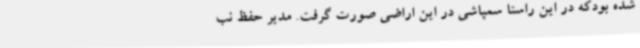
شده بودکه در این راستا سمپاشی در این اراضی صورت گرفت. مدیر حفظ نب